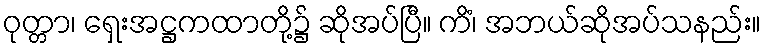
ဝုတ္တာ၊ ရှေးအဋ္ဌကထာတို့၌ ဆိုအပ်ပြီ။ ကိံ၊ အဘယ်ဆိုအပ်သနည်း။